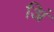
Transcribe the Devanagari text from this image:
अिं